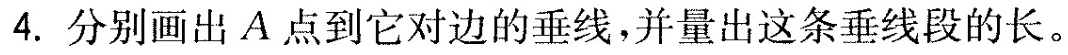
4.分别画出A点到它对边的垂线，并量出这条垂线段的长。